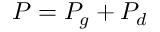
P = P _ { g } + P _ { d }